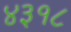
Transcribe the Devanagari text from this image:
४३१८